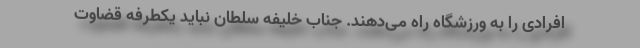
افرادی را به ورزشگاه راه می‌دهند. جناب خلیفه سلطان نباید یکطرفه قضاوت